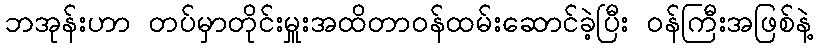
ဘအုန်းဟာ တပ်မှာတိုင်းမှူးအထိတာဝန်ထမ်းဆောင်ခဲ့ပြီး ဝန်ကြီးအဖြစ်နဲ့